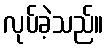
လုပ်ခဲ့သည်။